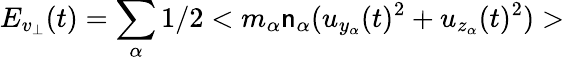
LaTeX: E_{v_{\bot}}(t)=\sum_{\alpha}1/2<m_{\alpha}\mathsf{n}_{\alpha}(u_{y_{\alpha}}(t)^{2}+u_{z_{\alpha}}(t)^{2})>